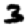
Digit: 3